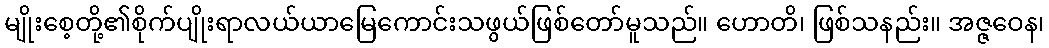
မျိုးစေ့တို့၏စိုက်ပျိုးရာလယ်ယာမြေကောင်းသဖွယ်ဖြစ်တော်မူသည်။ ဟောတိ၊ ဖြစ်သနည်း။ အဇ္ဇဝေန၊